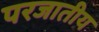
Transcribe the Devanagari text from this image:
परजातीय